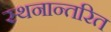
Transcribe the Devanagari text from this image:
स्थनान्तरित